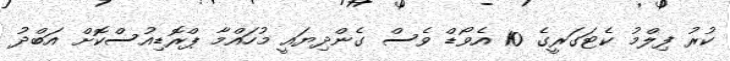
ކުރު ފިލްމު ކެޓަގަރީގެ 10 އެވޯޑް ވެސް ގެންދިޔައީ މުހައްމާ ޕްރޮޑިއުސްކޮށް އަބްދު